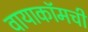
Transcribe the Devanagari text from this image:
वायाकॉमची